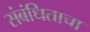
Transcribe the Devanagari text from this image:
संबंधिताचा